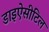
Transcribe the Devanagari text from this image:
डाइऐसीटिल